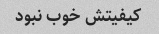
کیفیتش خوب نبود